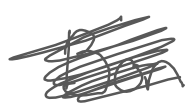
Text: Bon
Cross-out: scratch
Writing tool: digital_gray